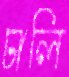
ঢালি